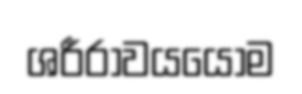
ශරීරාවයයෝම